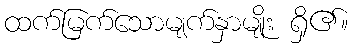
ထက်မြက်သောမျက်နှာမျိုး ရှိ၏။